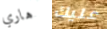
هاري عليك